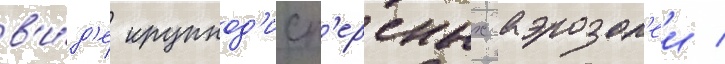
в'и́д'е крупнод'исп'ерсных аэрозол'еи /